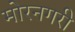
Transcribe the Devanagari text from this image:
मोरनगरी